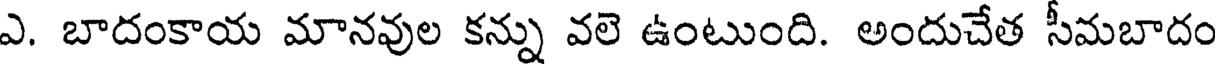
ఎ. బాదంకాయ మానవుల కన్ను వలె ఉంటుంది. అందుచేత సీమబాదం